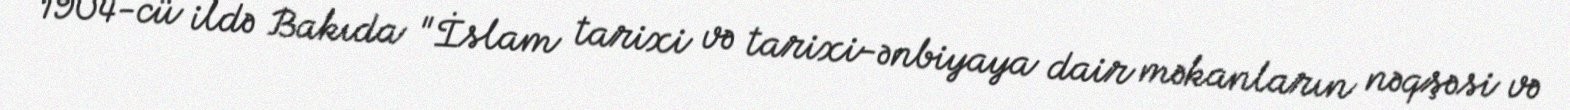
1904-cü ildə Bakıda "İslam tarixi və tarixi-ənbiyaya dair məkanların nəqşəsi və